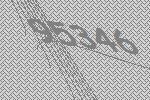
95346